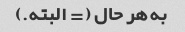
به هر حال (= البته.)